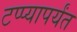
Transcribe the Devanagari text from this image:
टप्प्यापर्यंत